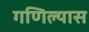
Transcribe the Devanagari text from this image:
गणिल्यास